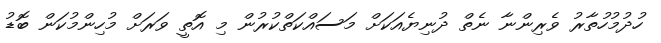
ހުދުމުހުތާރު ވެރިންނާ ނެތް ދުނިޔެއަކަށް މަސައްކަތްކުރުން މި އޮތީ ވަރަށް މުހިންމުކަން ބޮޑު